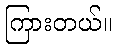
ကြားတယ်။